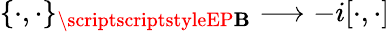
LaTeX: \{ \cdot,\cdot\} _{\scriptscriptstyleEP\mathbf{B}}\longrightarrow-i[\cdot,\cdot]